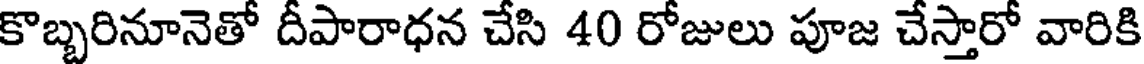
కొబ్బరినూనెతో దీపారాధన చేసి 40 రోజులు పూజ చేస్తారో వారికి